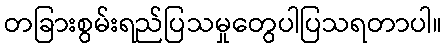
တခြားစွမ်းရည်ပြသမှုတွေပါပြသရတာပါ။